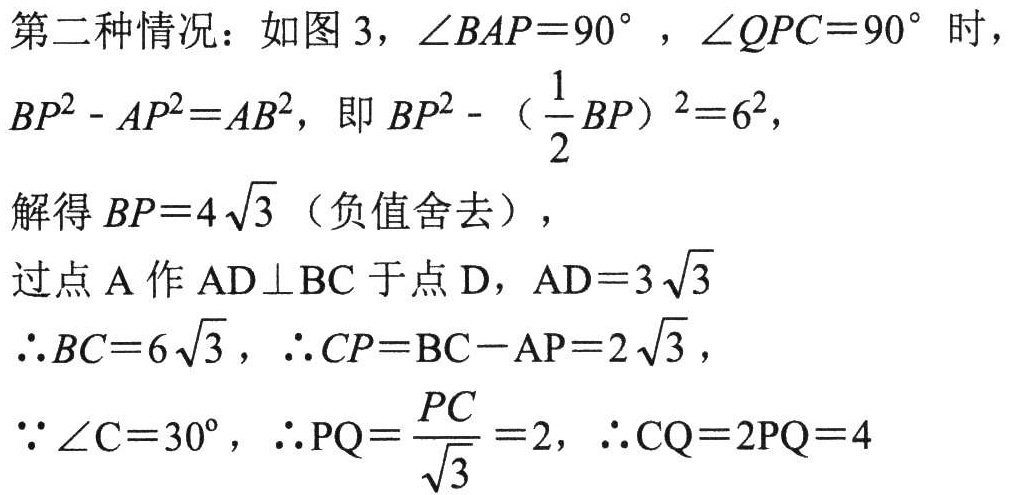
第二种情况：如图3，\(\angle BAP = 90^{\circ}\)，\(\angle QPC = 90^{\circ}\)时，
\(BP^{2}-AP^{2}=AB^{2}\)，即\(BP^{2}-（\frac{1}{2}BP）^{2}=6^{2}\)，
解得\(BP = 4\sqrt{3}\)（负值舍去），
过点\(A\)作\(AD\perp BC\)于点\(D\)，\(AD = 3\sqrt{3}\)
\(\therefore BC = 6\sqrt{3}\)，\(\therefore CP=BC - AP = 2\sqrt{3}\)，
\(\because\angle C = 30^{\circ}\)，\(\therefore PQ=\frac{PC}{\sqrt{3}} = 2\)，\(\therefore CQ = 2PQ = 4\)